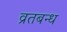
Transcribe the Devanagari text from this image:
व्रतबन्ध